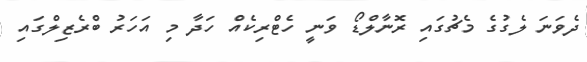
ދެވަނަ ލެގުގެ މެޗުގައި ރޮނާލްޑޯ ވަނީ ހެޓްރިކެއް ހަދާ މި އަހަރު ބްރެޒިލްގައި